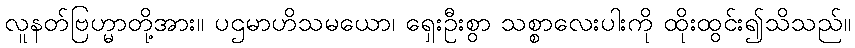
လူနတ်ဗြဟ္မာတို့အား။ ပဌမာဟိသမယော၊ ရှေးဦးစွာ သစ္စာလေးပါးကို ထိုးထွင်း၍သိသည်။